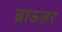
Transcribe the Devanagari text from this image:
ब्राऊज़र